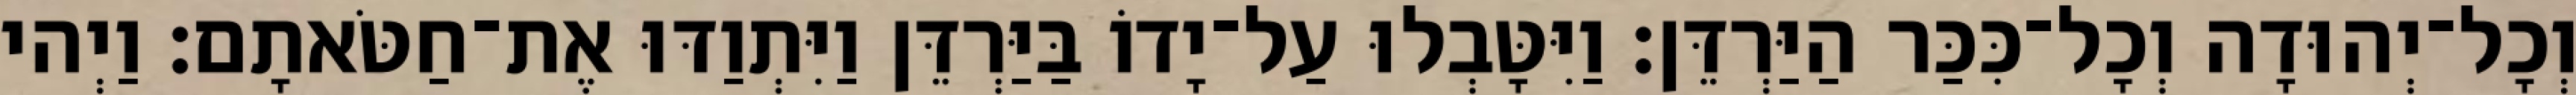
וְכָל־יְהוּדָה וְכָל־כִּכַּר הַיַּרְדֵּן׃ וַיִּטָּבְלוּ עַל־יָדוֹ בַּיַּרְדֵּן וַיִּתְוַדּוּ אֶת־חַטֹּאתָם׃ וַיְהי